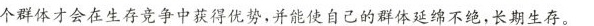
个群体才会在生存竞争中获得优势，并能使自己的群体延绵不绝，长期生存。